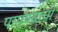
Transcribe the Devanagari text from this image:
पापण्यांची